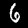
Digit: 6